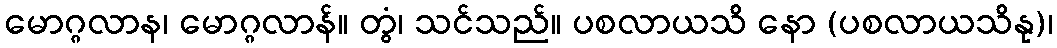
မောဂ္ဂလာန၊ မောဂ္ဂလာန်။ တွံ၊ သင်သည်။ ပစလာယသိ နော (ပစလာယသိနု)၊